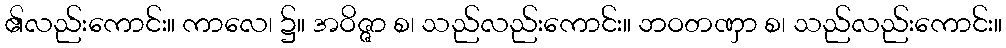
၏လည်းကောင်း။ ကာလေ၊ ၌။ အဝိဇ္ဇာ စ၊ သည်လည်းကောင်း။ ဘဝတဏှာ စ၊ သည်လည်းကောင်း။